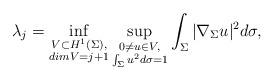
LaTeX: \begin{align*}\lambda_j=\inf_{\substack{V\subset H^1(\Sigma),\\dim V=j+1}}\sup_{ \substack{0\neq u\in V,\\ \int_\Sigma u^2d\sigma=1}}\int_\Sigma |\nabla_\Sigma u|^2 d\sigma,\end{align*}